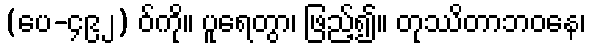
(ပေ-၄၉၂) ဝ်ကို။ ပူရေတွာ၊ ဖြည့်၍။ တုဿိတာဘဝနေ၊